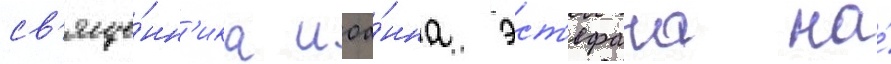
св'яще́нн'ика иоа́нна эст'ефана на́